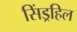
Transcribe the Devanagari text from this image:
सिंड्रहिल